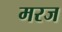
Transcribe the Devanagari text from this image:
मरज